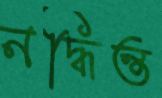
নদ্ধিন্ত